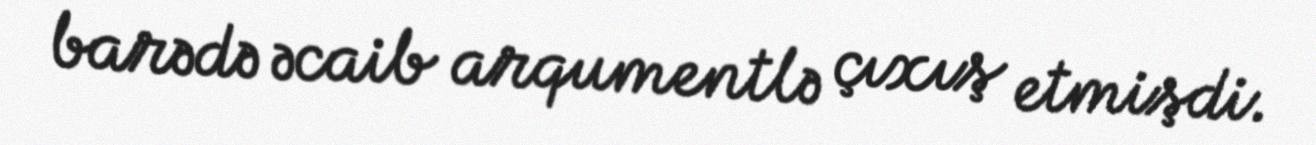
barədə əcaib arqumentlə çıxış etmişdi.